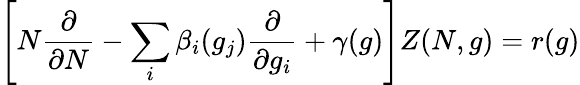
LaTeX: \left[N{\frac{\partial}{\partial N}}-\sum_{i}\beta_{i}(g_{j}){\frac{\partial}{\partial g_{i}}}+\gamma(g)\right]Z(N,g)=r(g)